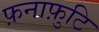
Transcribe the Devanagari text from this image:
फ़नाफ़ुटि